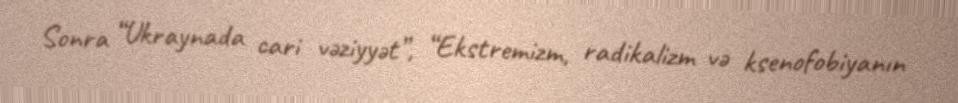
Sonra “Ukraynada cari vəziyyət”, “Ekstremizm, radikalizm və ksenofobiyanın